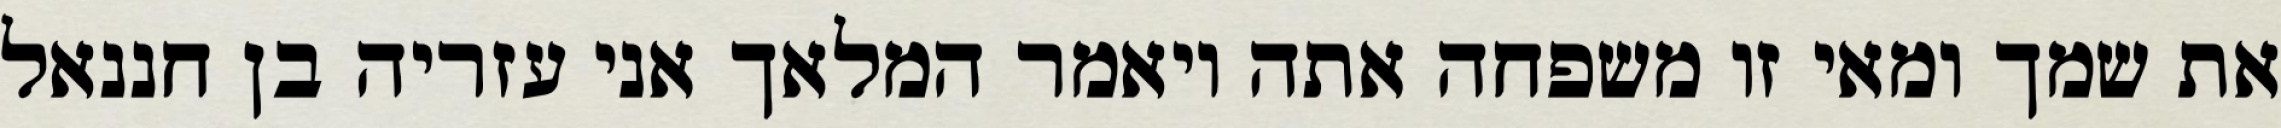
את שמך ומאי זו משפחה אתה ויאמר המלאך אני עזריה בן חננאל